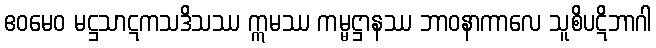
ဧဝမေဝ မဋ္ဌသာဋကသဒိသဿ ဣမဿ ကမ္မဋ္ဌာနဿ ဘာဝနာကာလေ သူစိပဋိဘာဂါ